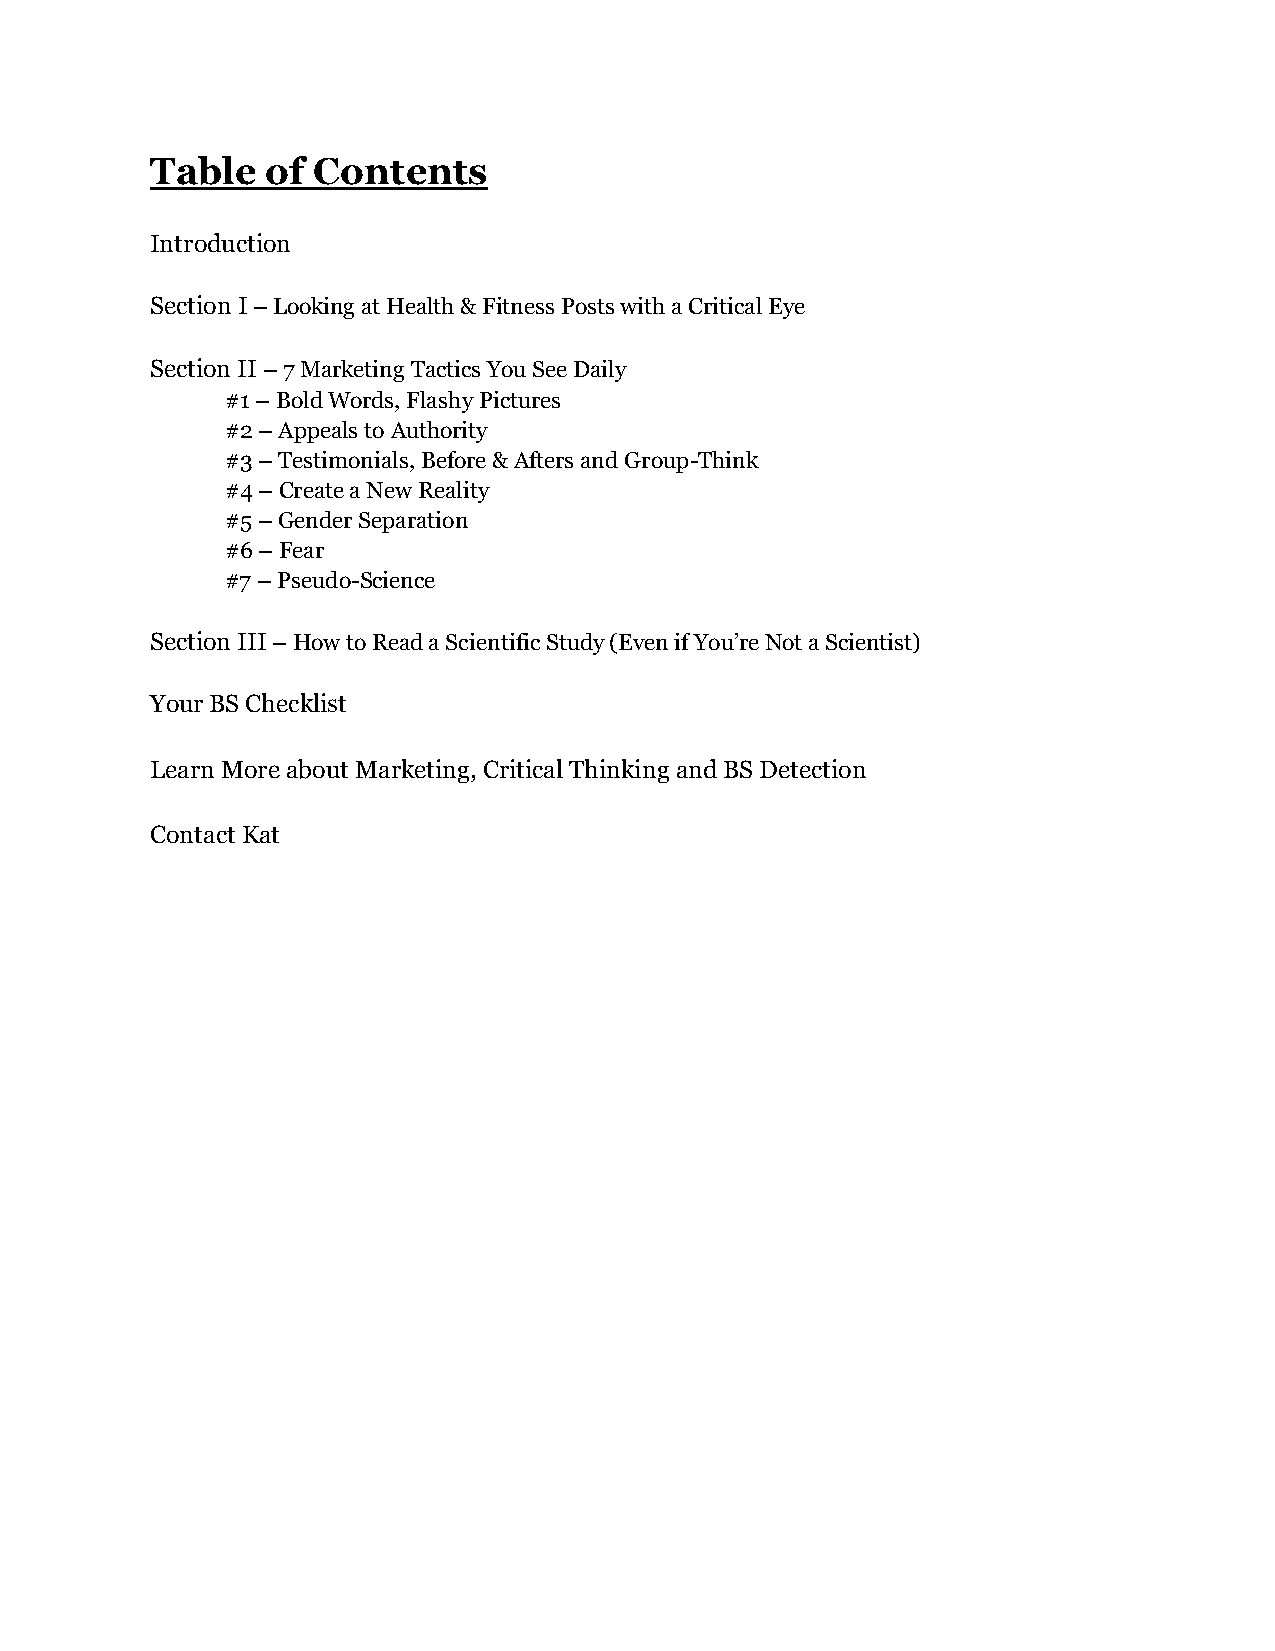
Table   of Contents
 Introduction
 Section I – Looking at Health & Fitness Posts with a Critical Eye
 Section II – 7 Marketing Tactics You See Daily
 #1 – Bold Words, Flashy Pictures
 #2 – Appeals to Authority
 #3 – Testimonials, Before & Afters and Group-Think
 #4 – Create a New Reality
 #5 – Gender Separation
 #6 – Fear
 #7 – Pseudo-Science
 Section III – How to Read a Scientific Study (Even if You’re Not a Scientist)
 Your BS Checklist
 Learn More about Marketing, Critical Thinking and BS Detection
 Contact Kat